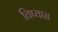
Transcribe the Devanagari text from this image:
विष्वास